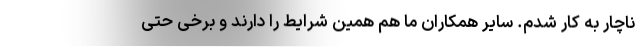
ناچار به کار شدم. سایر همکاران ما هم همین شرایط را دارند و برخی حتی